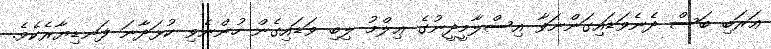
ޢަރަބި ބަސް ދެނެވަޑައިގަންނަވާ އިސްލާމީދީނުގެ ޢިލްމު ލިބި ވަޑައިގެން ހުންނެވި ކުޅަދާނަ ފަނޑިޔާރެކެވެ.